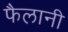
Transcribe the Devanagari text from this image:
फैलानी